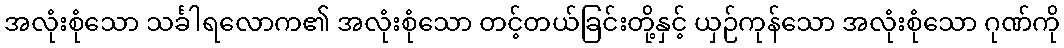
အလုံးစုံသော သင်္ခါရလောက၏ အလုံးစုံသော တင့်တယ်ခြင်းတို့နှင့် ယှဉ်ကုန်သော အလုံးစုံသော ဂုဏ်ကို